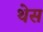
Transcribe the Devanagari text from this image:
थेस